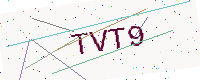
Text: TVT9